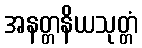
အနတ္တနိယသုတ္တံ